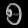
Digit: ၅